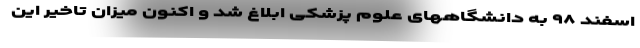
اسفند ۹۸ به دانشگاههای علوم پزشکی ابلاغ شد و اکنون میزان تاخیر این